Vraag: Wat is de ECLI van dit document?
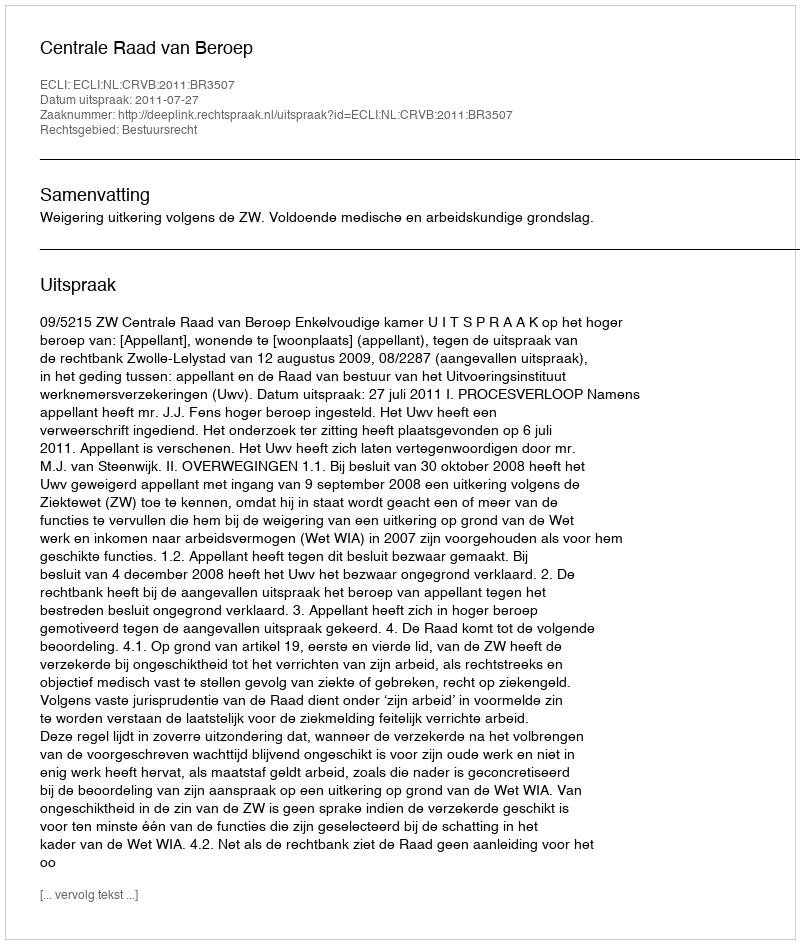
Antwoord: ECLI:NL:CRVB:2011:BR3507